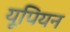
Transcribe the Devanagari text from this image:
यूपियन